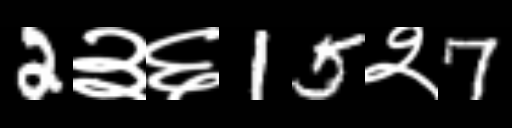
Text: 2३६15२7